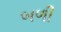
બળી